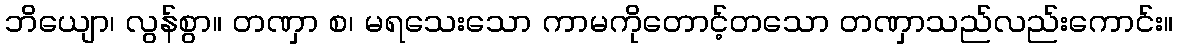
ဘိယျော၊ လွန်စွာ။ တဏှာ စ၊ မရသေးသော ကာမကိုတောင့်တသော တဏှာသည်လည်းကောင်း။